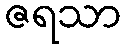
ဇရသာ